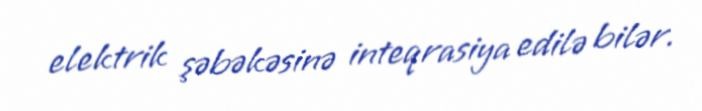
elektrik şəbəkəsinə inteqrasiya edilə bilər.